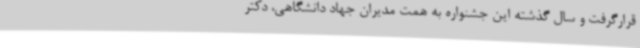
قرارگرفت و سال گذشته این جشنواره به همت مدیران جهاد دانشگاهی، دکتر